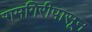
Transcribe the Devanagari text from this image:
रामगिरीपासून